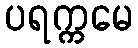
ပရက္ကမေ